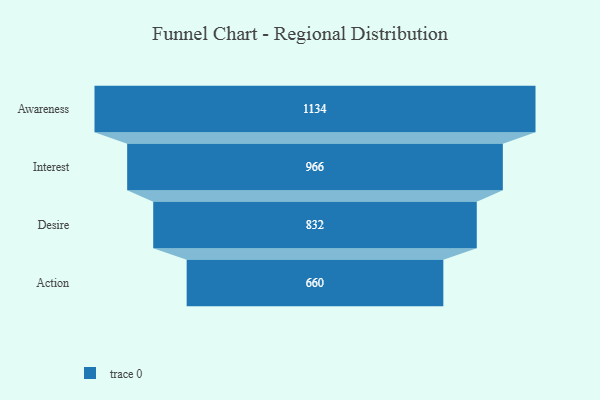
{"axis": {"x": "Stage", "y": "Value"}, "legend": [""], "data": [{"x": "Awareness", "y": 1134.0, "type": ""}, {"x": "Interest", "y": 966.0, "type": ""}, {"x": "Desire", "y": 832.0, "type": ""}, {"x": "Action", "y": 660.0, "type": ""}]}